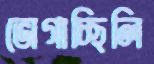
ভোগাচ্ছিলি